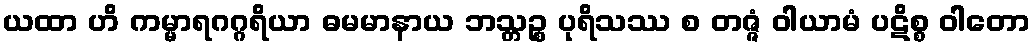
ယထာ ဟိ ကမ္မာရဂဂ္ဂရိယာ ဓမမာနာယ ဘသ္တဉ္စ ပုရိသဿ စ တဇ္ဇံ ဝါယာမံ ပဋိစ္စ ဝါတော